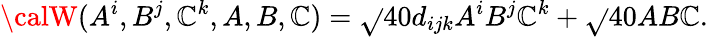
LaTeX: {\calW}(A^{i},B^{j},\mathbb{C}^{k},A,B,\mathbb{C})=\sqrt{}{{40}}d_{ijk}A^{i}B^{j}\mathbb{C}^{k}+\sqrt{}{{40}}AB\mathbb{C}.